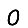
Digit: 0